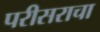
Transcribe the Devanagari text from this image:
परीसराचा